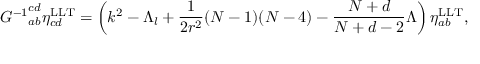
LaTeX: { { \cal G } ^ { - 1 } } _ { a b } ^ { c d } \eta _ { c d } ^ { \mathrm { L L T } } = \left( k ^ { 2 } - \Lambda _ { l } + \frac { 1 } { 2 r ^ { 2 } } ( N - 1 ) ( N - 4 ) - \frac { N + d } { N + d - 2 } \Lambda \right) \eta _ { a b } ^ { \mathrm { L L T } } ,